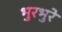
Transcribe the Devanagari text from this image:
भुरभुरे